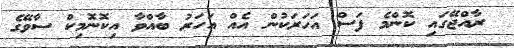
ރާއްޖޭގައި ކޮންމެ ފަސް އަހަރަކުން އެއް އަހަރު ބާއްވާ އިކޮނޮމިކް ސާވޭގެ